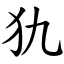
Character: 犰